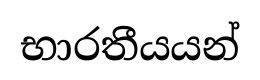
භාරතීයයන්